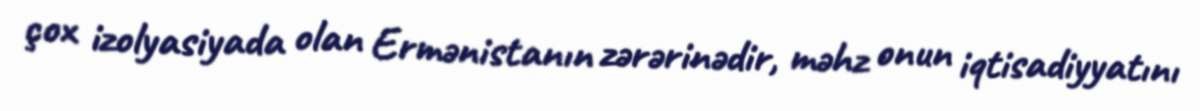
çox izolyasiyada olan Ermənistanın zərərinədir, məhz onun iqtisadiyyatını